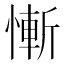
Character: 慚